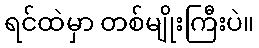
ရင်ထဲမှာ တစ်မျိုးကြီးပဲ။